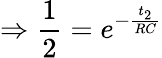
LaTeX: \Rightarrow\frac{1}{2}=e^{-\frac{t_{2}}{RC}}